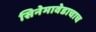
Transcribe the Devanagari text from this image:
सिनेमावेडाचाच